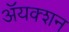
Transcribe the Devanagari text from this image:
ॲयक्शन